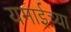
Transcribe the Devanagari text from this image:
यमाईच्या